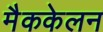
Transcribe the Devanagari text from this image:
मैककेलन